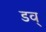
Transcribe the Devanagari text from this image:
डव्